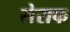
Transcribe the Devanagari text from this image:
सेराफ